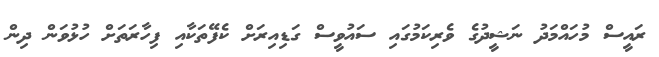
ރައީސް މުހައްމަދު ނަޝީދުގެ ވެރިކަމުގައި ސައުވީސް ގަޑިއިރަށް ކެފޭތަކާއި ފިހާރަތަށް ހުޅުވަން ދިން